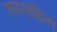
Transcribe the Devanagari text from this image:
वारसाहित्य